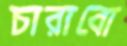
চারাবো